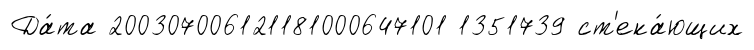
Да́та 200307006121181000647101 1351739 ст'ека́ющих